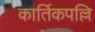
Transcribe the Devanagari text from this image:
कार्तिकपल्लि